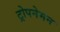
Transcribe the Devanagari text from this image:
ट्रोपनेमन